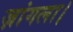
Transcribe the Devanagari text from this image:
ज़ांगला।